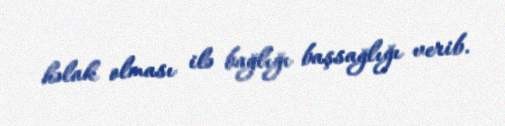
həlak olması ilə bağlığı başsağlığı verib.